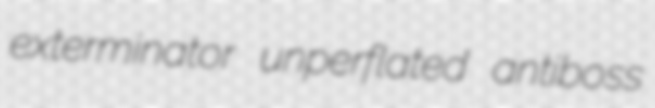
exterminator unperflated antiboss